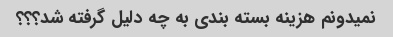
نمیدونم هزینه بسته بندی به چه دلیل گرفته شد؟؟؟